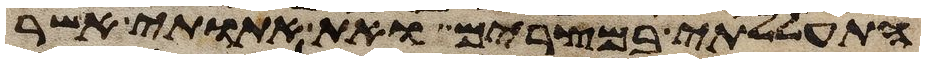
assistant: התעללתי במצרים ואת אתותי אשר